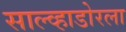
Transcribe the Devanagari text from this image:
साल्व्हाडोरला